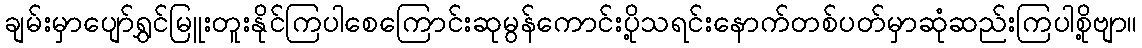
ချမ်းမှာပျော်ရွှင်မြူးတူးနိုင်ကြပါစေကြောင်းဆုမွန်ကောင်းပို့သရင်းနောက်တစ်ပတ်မှာဆုံဆည်းကြပါစို့ဗျာ။